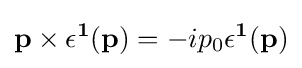
\mathbf {p} \times \mathbf {\epsilon ^{1}} (\mathbf {p} )=-ip_{0}\mathbf {\epsilon ^{1}} (\mathbf {p} )